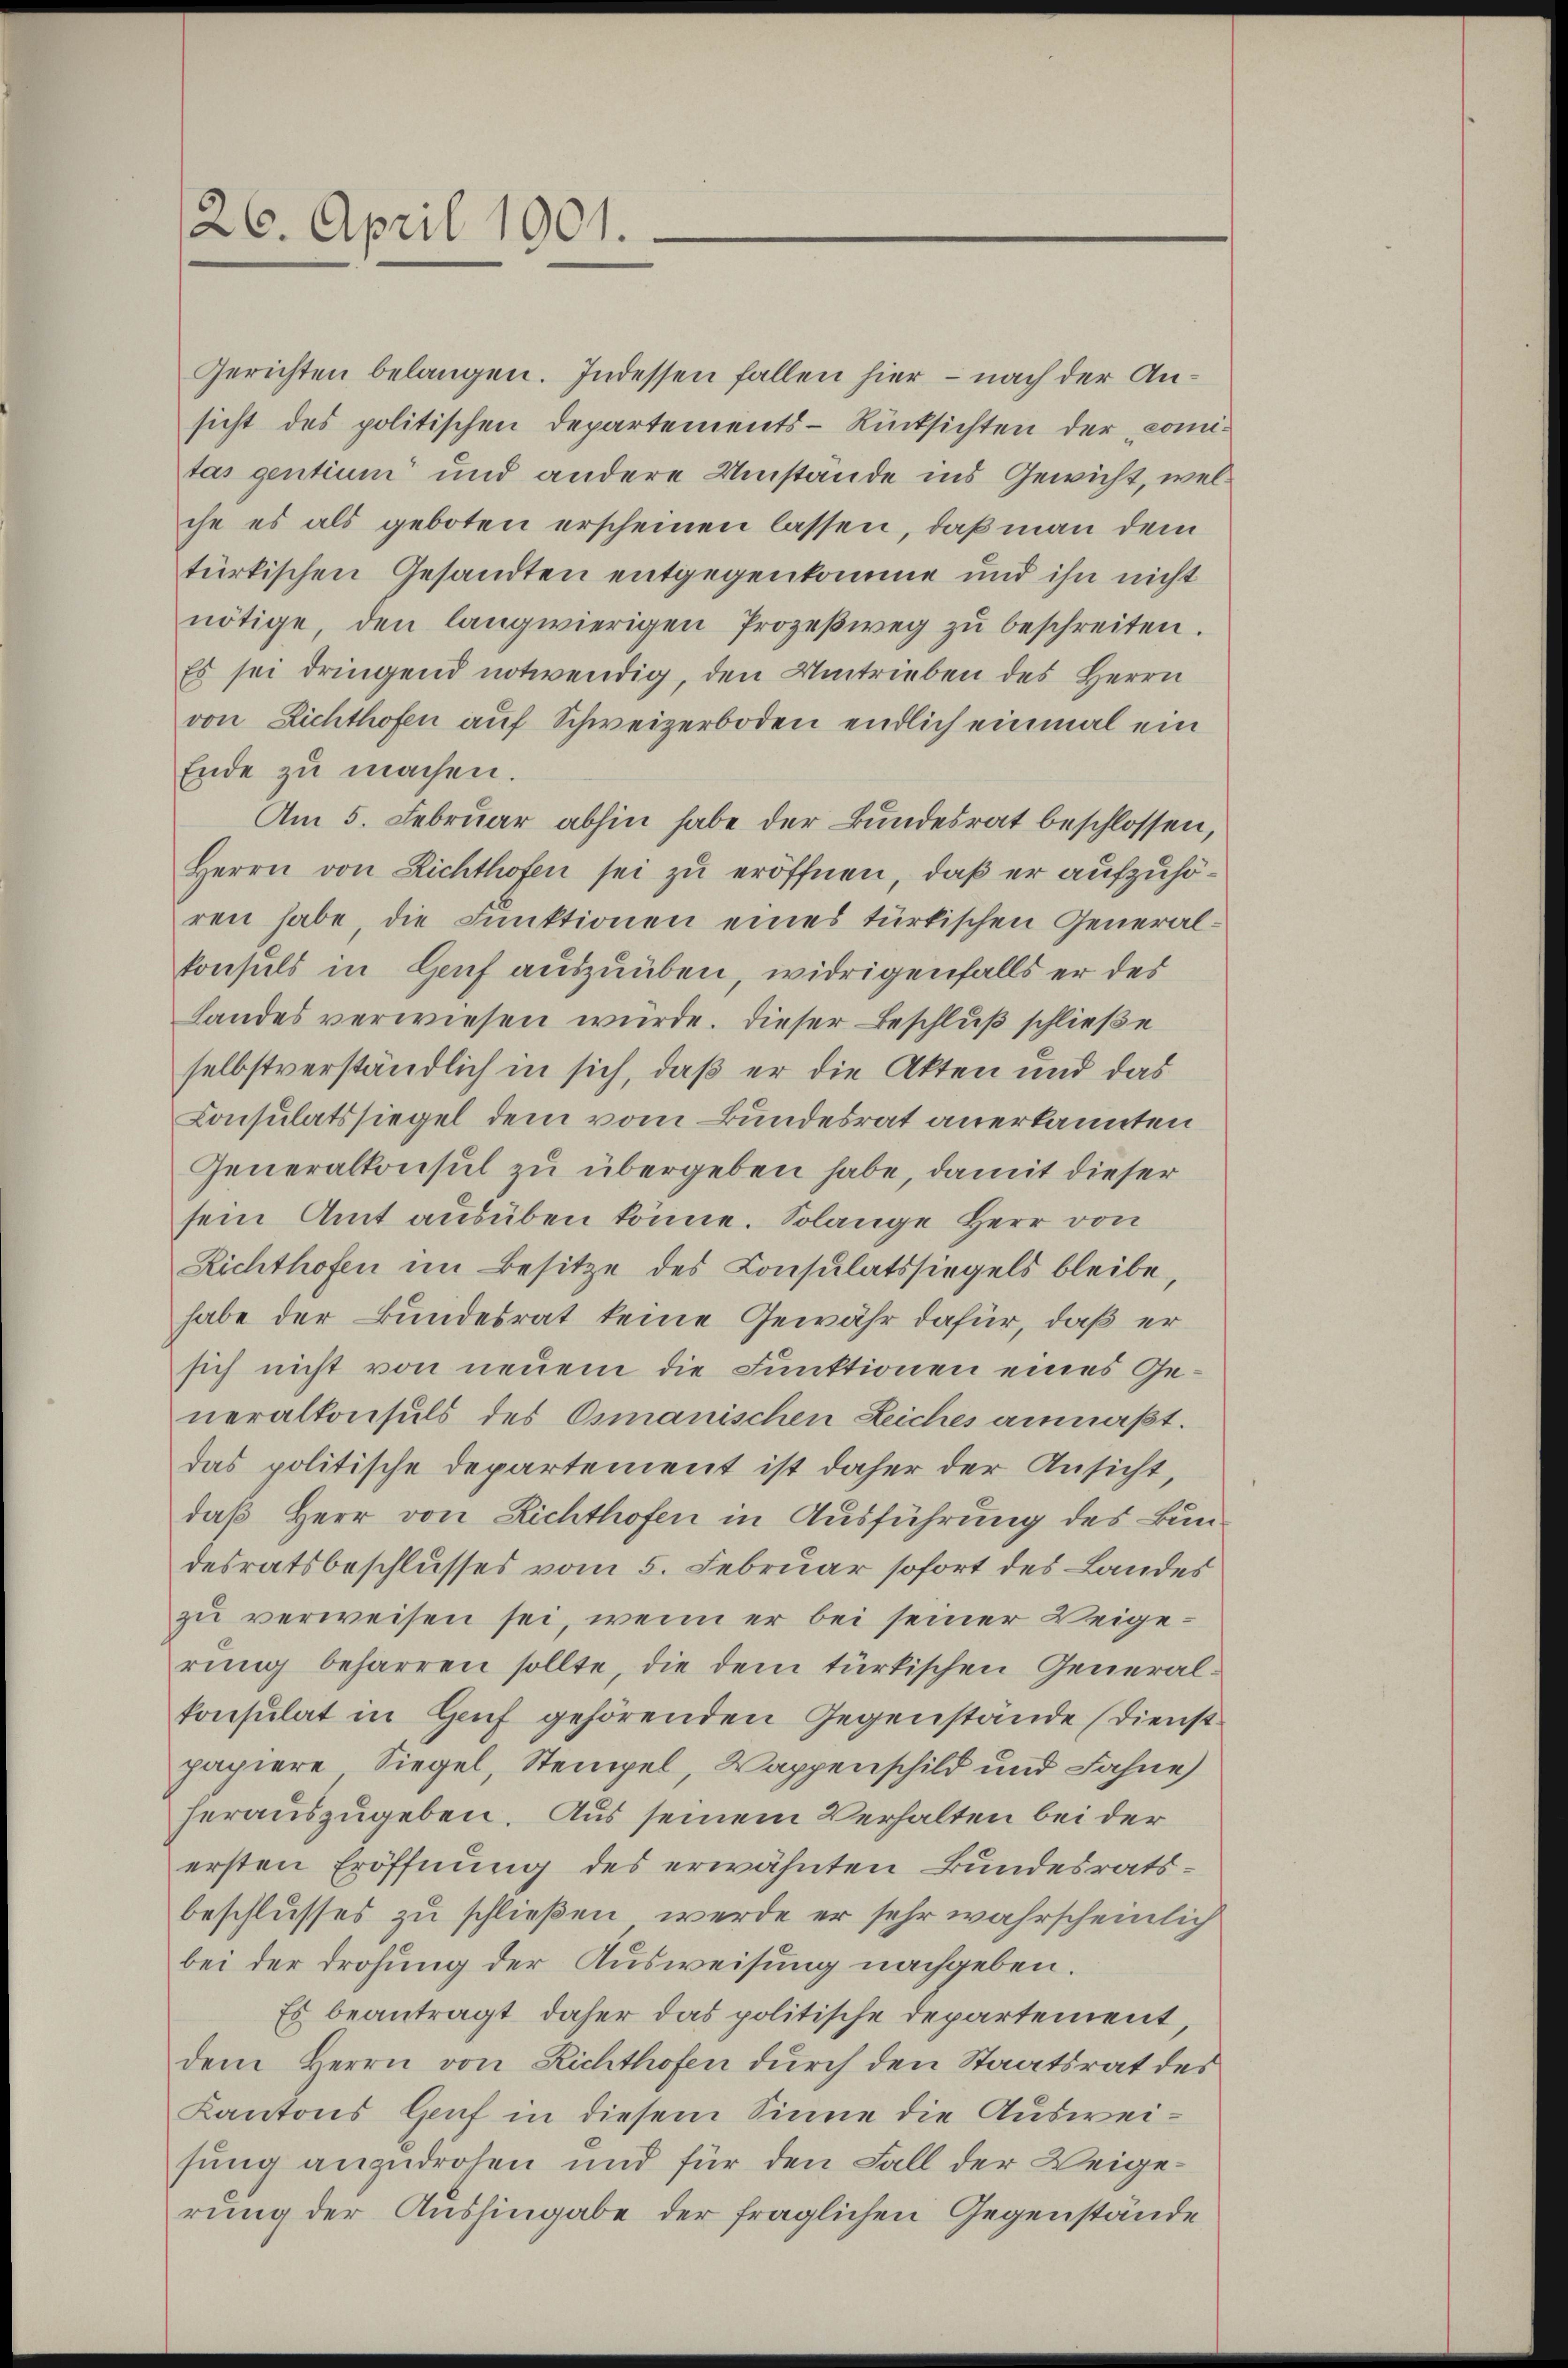
26. April 1901.

Gerichten belangen. Indessen fallen hier – nach der Ansicht des politischen Departements-Rücksichten der comitas gentium und andere Umstände ins Gewicht, welche es als geboten erscheinen lassen, daß man dem
türkischen Gesandten entgegenkomme und ihn nicht
nötige, den langwierigen Prozeβweg zŭ beschreiten.
Es sei dringend notwendig, den Umtrieben des Herrn
von Lichthofen auf Schweizerboden endlich einmal ein
Ende zu machen.
Am 5. Februar abhin habe der Bundesrat beschlossen,
Herrn von Richthofen sei zu eröffnen, daß er aufzuhören habe die Funktionen eines türkischen General-
konsuls in Genf auszuüben, widrigenfalls er des
Landes verwiesen wurde. Dieser Beschluß schließe
selbstverständlich in sich, daß er die Akten und das
Consulatssiegel dem vom Bundesrat anerkannten
Generalkonsul zu übergeben habe, damit dieser
sein Amt ausüben könne. Solange Herr von
Richthofen im Besitze des Consulatssiegels bleibe,
habe der Bundesrat keine Gewähr dafür, daß er
sich nicht von neuem die Funktionen eines Generalkonsuls des Osmanischen Leiches anmaßt.
das politische Departement ist daher der Ansicht,
daß Herr von Richthofen in Ausführung des Bundesratsbeschlusses vom 5. Februar sofort des Landes
zu verweisen sei, wenn er bei seiner Weigerung beharren sollte, die dem türkischen Generalkonsulat in Genf gehörenden Gegenstände (Dienst
papiere Siegel, Stempel, Wappenschild und Fahne
herauszugeben. Aus seinem Verhalten bei der
ersten Eröffnung des erwähnten Bundesratsbeschlusses zu schließen, werde er sehr wahrscheinlich
bei der Drohung der Ausweisung nachgeben.
Es beantragt, daher das politische Departement,
dem Herrn von Richthofen durch den Staatsrat des
Kantons Genf in diesem Sinne die Ausweisung anzudrohen und für den Fall der Weigerung der Aushingabe der fraglichen Gegenstände